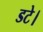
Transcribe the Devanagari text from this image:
डटे।